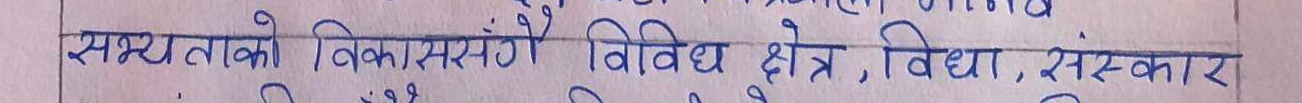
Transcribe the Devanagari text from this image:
सभ्यताको विकाससँगै विविध क्षेत्र, विधा, संस्कार